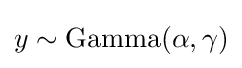
y\sim {\text{Gamma}}(\alpha ,\gamma )